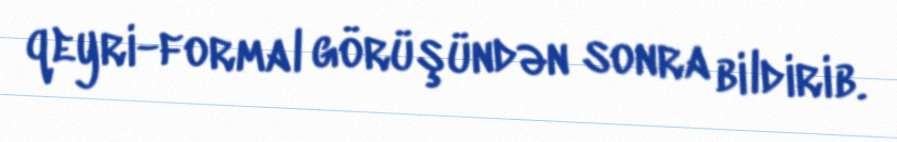
qeyri-formal görüşündən sonra bildirib.